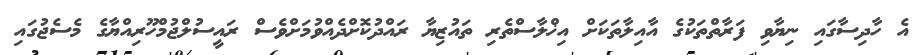
އެ ހާދިސާގައި ނިޔާވި ފަރާތްތަކުގެ އާއިލާތަކަށް އިޚްލާސްތެރި ތައުޒިޔާ ރައްދުކޮށްދެއްވުމަށްވެސް ރައީސުލްޖުމްހޫރިއްޔާގެ މެސެޖުގައި